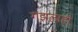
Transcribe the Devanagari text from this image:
गझलाही